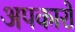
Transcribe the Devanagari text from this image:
अपकारों